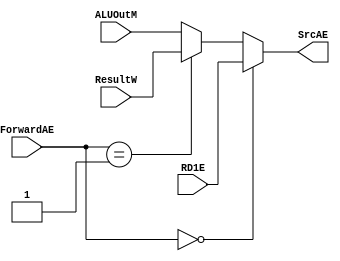
`timescale 1ns / 1ps

module MUXA1 #(parameter WIDTH=32)
   (
    input [WIDTH-1:0]  RD1E,
    input [WIDTH-1:0]  ResultW,
    input [WIDTH-1:0]  ALUOutM,
    input [1:0]	       ForwardAE,
    output [WIDTH-1:0] SrcAE
    );

   assign SrcAE=(ForwardAE==0)?RD1E:(ForwardAE==1)?ResultW:ALUOutM;
   
endmodule // MUXA1